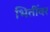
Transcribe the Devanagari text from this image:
भितींवर